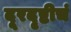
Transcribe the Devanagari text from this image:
दूरदृष्टीचं